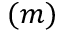
( m )